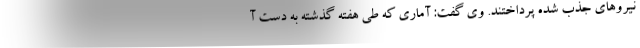
نیروهای جذب شده پرداختند. وی گفت: آماری که طی هفته گذشته به دست آ